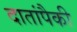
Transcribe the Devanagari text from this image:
दातांपैकी